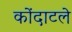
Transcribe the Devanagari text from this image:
कोंदाटले